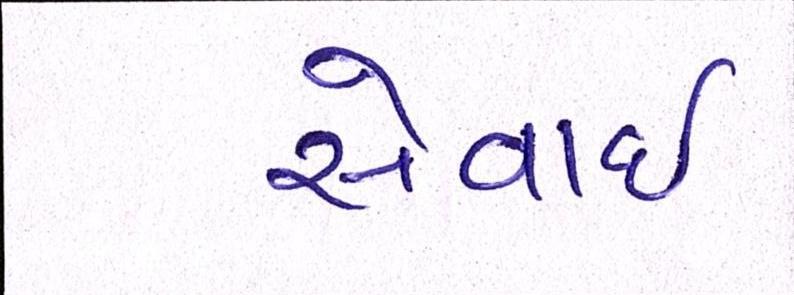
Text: સેવાઇ